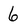
Character: 6